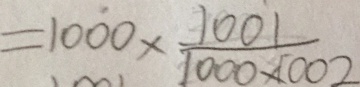
= 1 0 0 0 \times \frac { 1 0 0 1 } { 1 0 0 0 \times 1 0 0 2 }